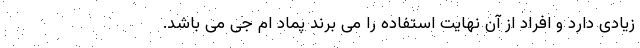
زیادی دارد و افراد از آن نهایت استفاده را می برند پماد ام جی می باشد.